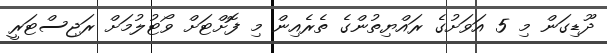
ދޫޑިގަން މި 5 އަވަށުގެ ރައްޔިތުންގެ ތެރެއިން މި ފޮށްޓަށް ވޯޓުލުމަށް ރަޖިސްޓަރީ